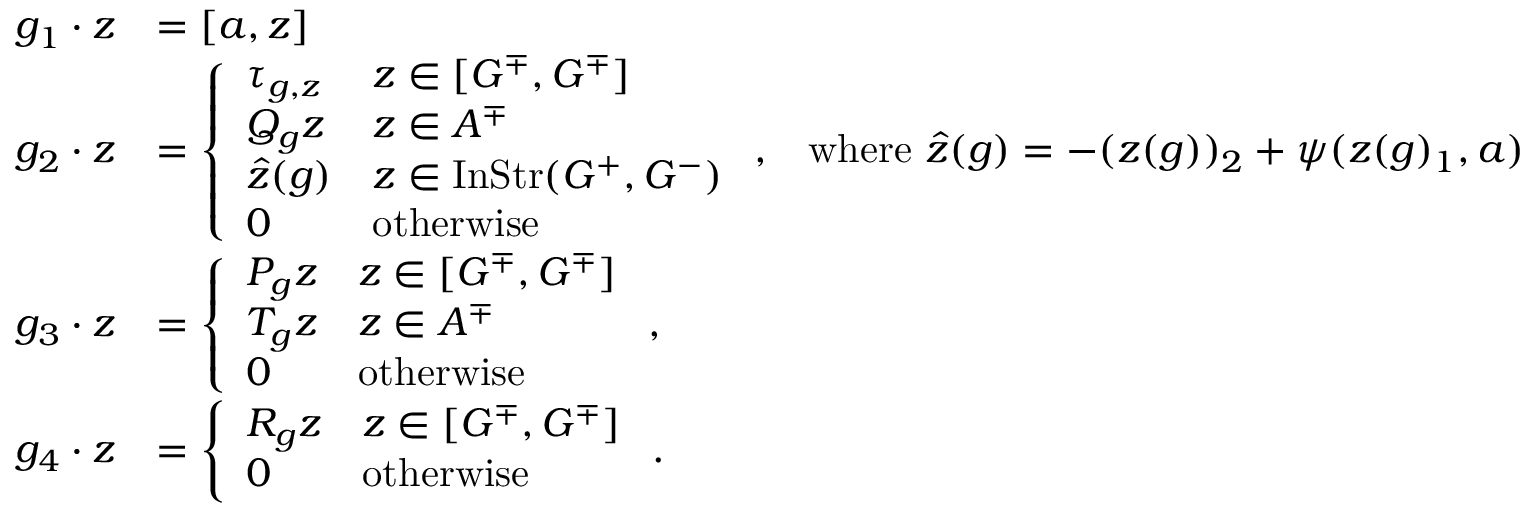
\begin{array} { r l r } { g _ { 1 } \cdot z } & { = [ a , z ] } \\ { g _ { 2 } \cdot z } & { = \left\{ \begin{array} { l l } { \tau _ { g , z } } & { z \in [ G ^ { \mp } , G ^ { \mp } ] } \\ { Q _ { g } z } & { z \in A ^ { \mp } } \\ { \hat { z } ( g ) } & { z \in \mathrm { I n S t r } ( G ^ { + } , G ^ { - } ) } \\ { 0 } & { \mathrm { o t h e r w i s e } } \end{array} \right. , } & { \mathrm { w h e r e ~ } \hat { z } ( g ) = - ( z ( g ) ) _ { 2 } + \psi ( z ( g ) _ { 1 } , a ) } \\ { g _ { 3 } \cdot z } & { = \left\{ \begin{array} { l l } { P _ { g } z } & { z \in [ G ^ { \mp } , G ^ { \mp } ] } \\ { T _ { g } z } & { z \in A ^ { \mp } } \\ { 0 } & { \mathrm { o t h e r w i s e } } \end{array} \right. , } \\ { g _ { 4 } \cdot z } & { = \left\{ \begin{array} { l l } { R _ { g } z } & { z \in [ G ^ { \mp } , G ^ { \mp } ] } \\ { 0 } & { \mathrm { o t h e r w i s e } } \end{array} \right. . } \end{array}